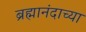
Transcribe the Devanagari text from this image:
ब्रह्मानंदाच्या